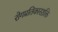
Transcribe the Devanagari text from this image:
रोगप्रतिकारशक्ति